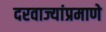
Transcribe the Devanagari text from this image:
दरवाज्यांप्रमाणे